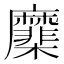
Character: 𢌑